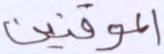
الموقنين